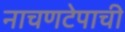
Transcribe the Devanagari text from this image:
नाचणटेपाची